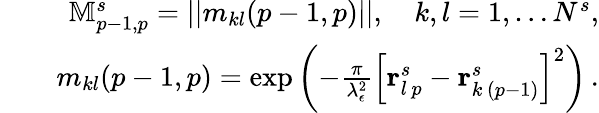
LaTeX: \begin{array}{rlr}&{}&{\mathbb M_{p-1,p}^{s}=||m_{kl}(p-1,p)||,\quad k,l=1,\ldots N^{s},}\\ &{}&{m_{kl}(p-1,p)=\exp\left(-\frac{\pi}{\lambda_{\epsilon}^{2}}\left[\mathbf r_{l\, p}^{s}-\mathbf r_{k\, (p-1)}^{s}\right]^{2}\right)\, .}\end{array}